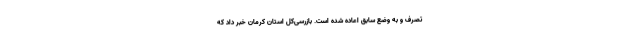
تصرف و به وضع سابق اعاده شده است. بازرسی‌کل استان کرمان خبر داد که